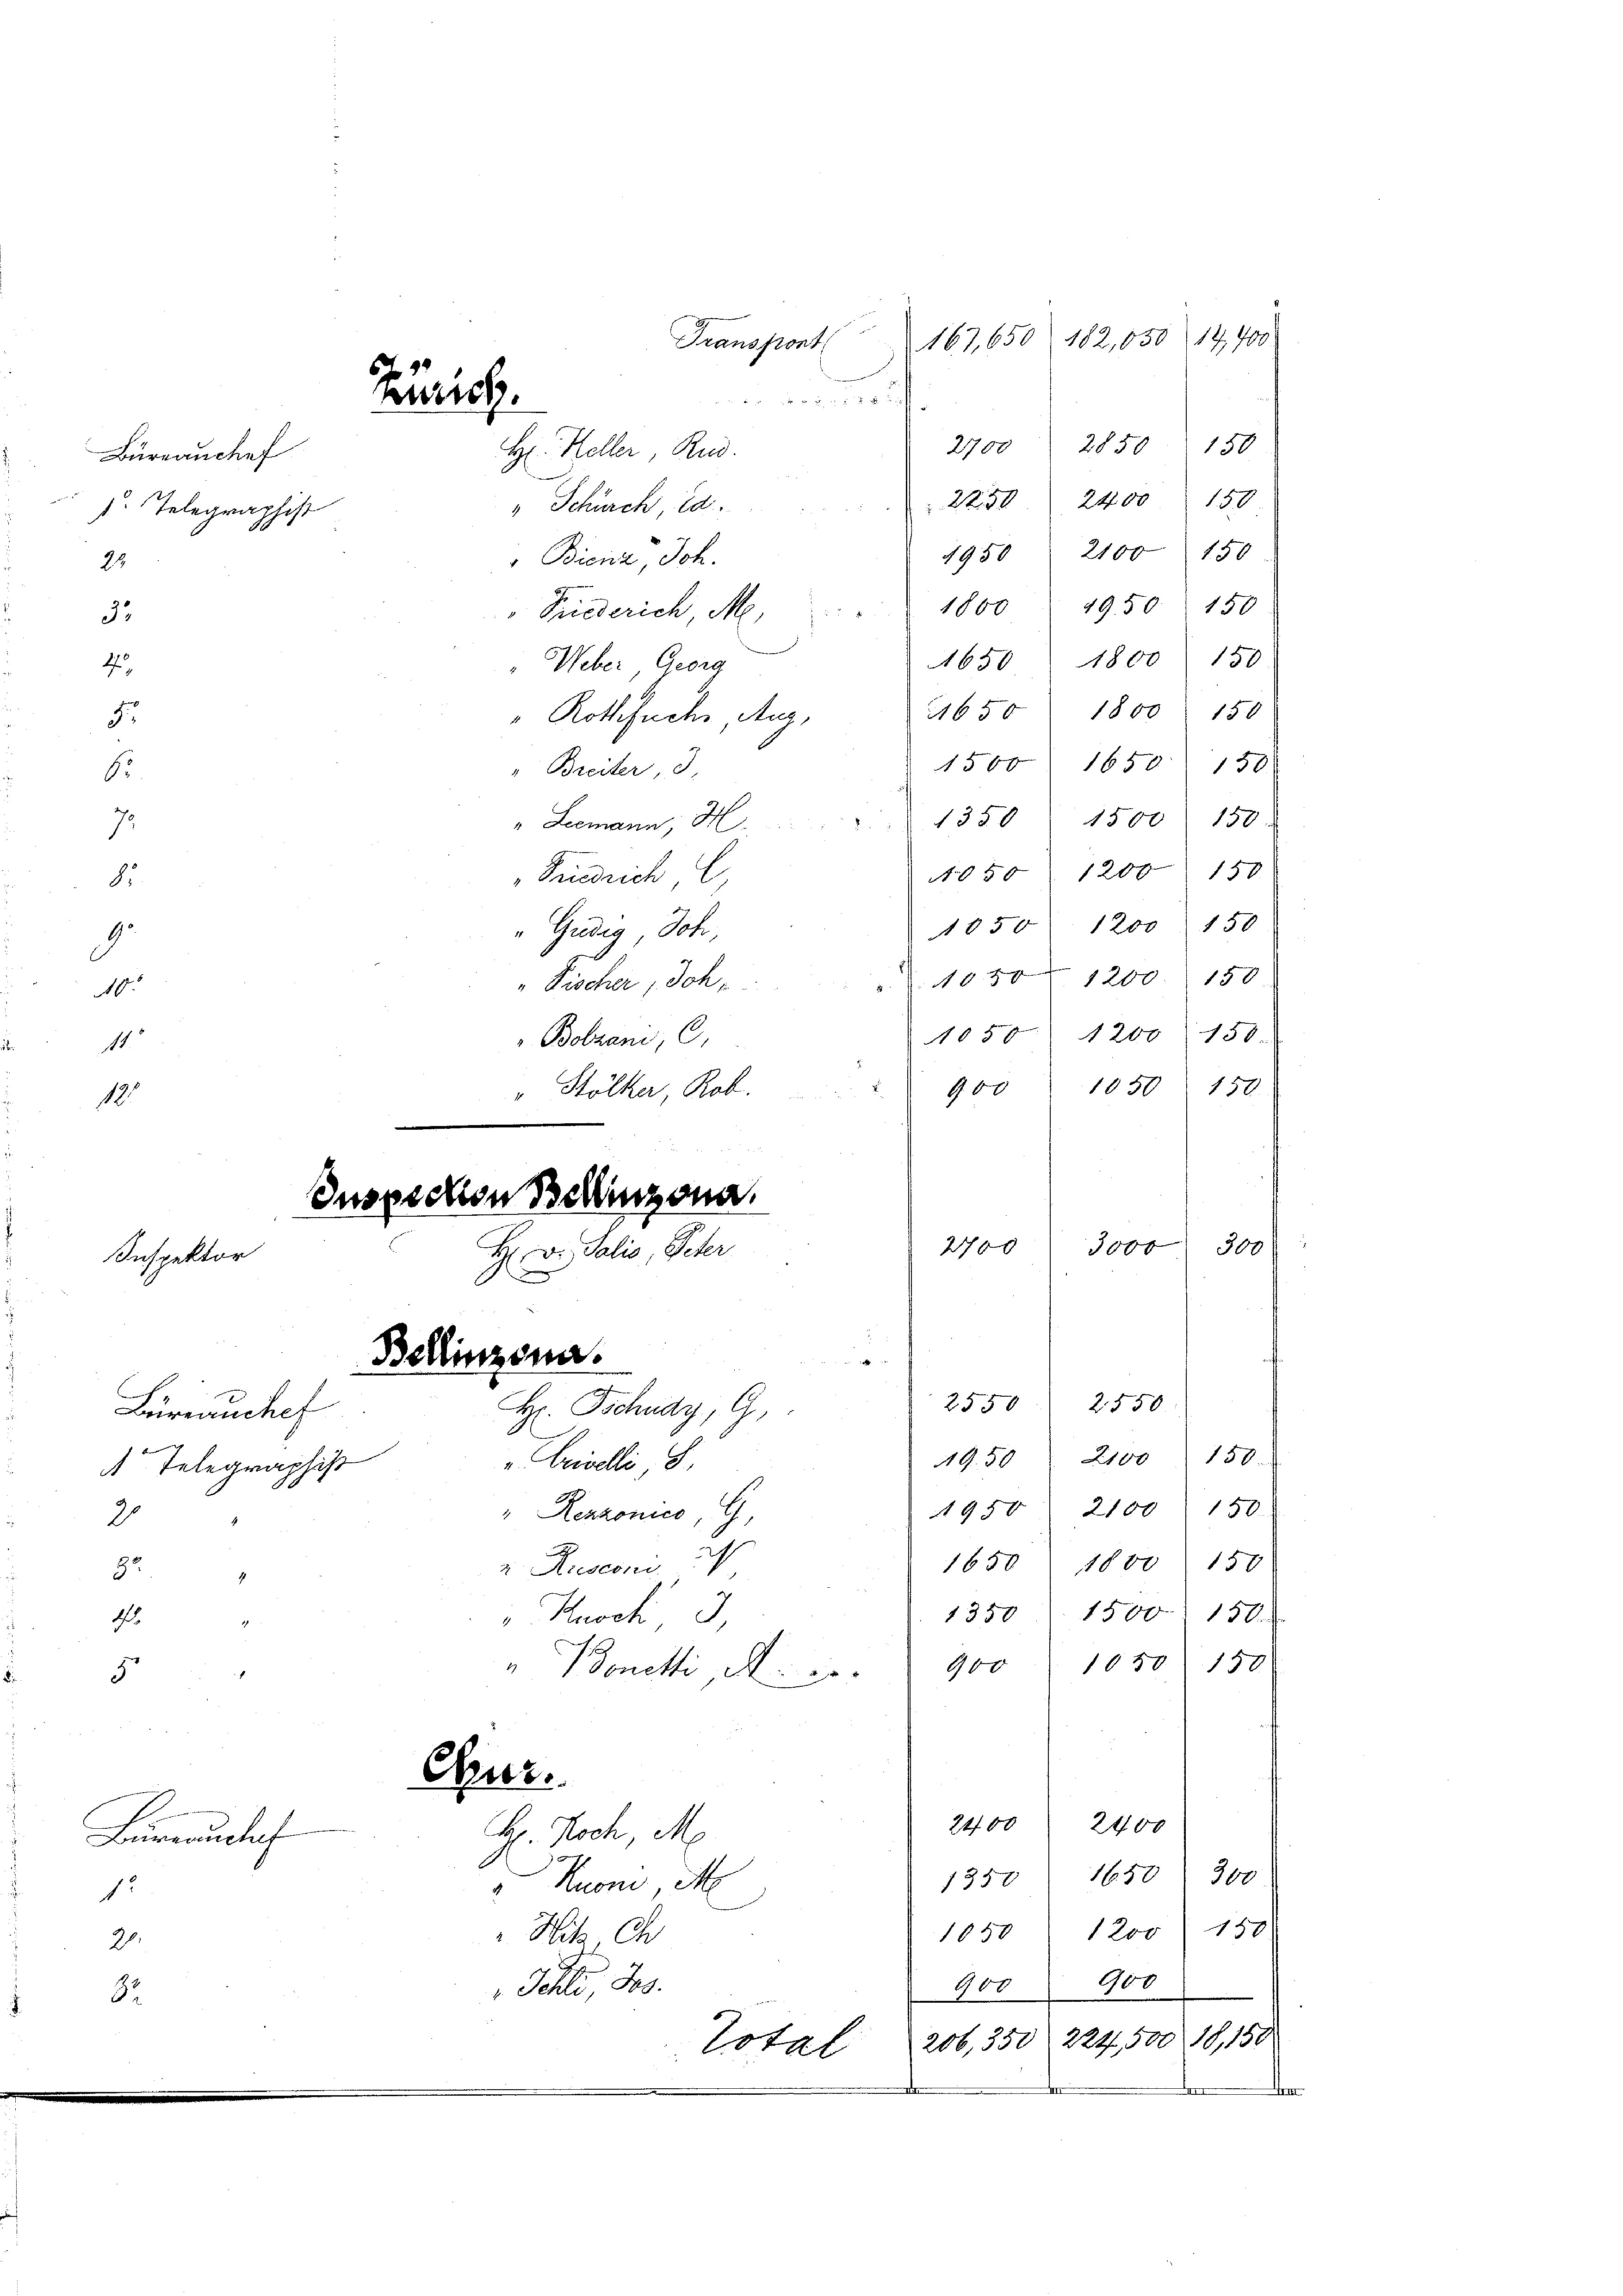
Bürrauchef
 Telegraphist

1.

Inspektor
Büreauchef
A Telegraphist
2

82
4

5.

20.

Bureauslach
1

167,650 182,85014,700
Transpont
ammen
2850
2700
150
H Heller, Rud
150
2400
2250
" Schürch, 18.
2100
150
1950
Bienz, Joh.
1800 1950 150
Prüederich M.
150
1800
1650
Ueber Georg
1800
150
14650
" Rothfuche, Aug,
1650
1500
150
Breiter, d
1500
150
" Leemann, M. 1350
150.
1200
Friedrich
050
150
1850 1200
"Gudig Joh.
" Fischer „Joh . . . . . 1050 " 1200. 150
1050. 1200 150.
Bobrani,
" Stölker Rob.   .  900 1050 150.
Juspschen Bellinzona.
2700
3000
300
H Dr. Salis, Peter
Bellinzona.

2550
2550
H. Tschudy, G.
19.50 " 2100 150.
v. Crivelli, S.
2100
150
1950
" Renzonico, G
1800150
u. Ruscon
1650
1350 1500. 150.
 Knoch 3
900 1050. 150
Bonetti A. 1.
Our.
2400
2400
H. Koch, M
300
1350 1650
Kuoni M
150
1200
1050
Hitz, Ch
900
Johli, 200.
400
Total 206,350 224, 500 18,150
de
den
¬

Zürich.